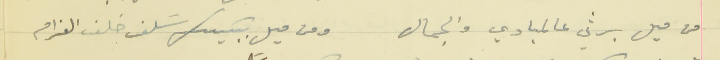
من ميل برثي عالمبادي والجمال                            ومن ميل ببكيك سَلف خلف الغرام